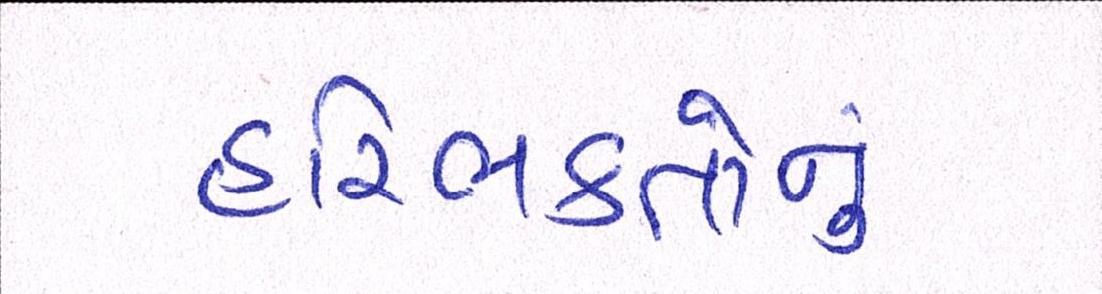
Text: હરિભક્તોનું